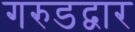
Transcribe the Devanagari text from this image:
गरुडद्वार